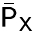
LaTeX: \bar{\mathsf{P}}_{\mathsf{X}}